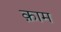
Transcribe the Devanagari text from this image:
क़ाम